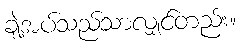
ချဲ့အပ်သည်သာလျှင်တည်း။